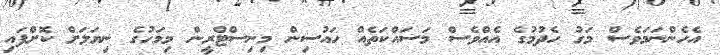
އެހެންނަމަވެސް މަގު ހެދުމުގެ އެއްވެސް މަސައްކަތެއް ހައުސިން މިނިސްޓްރީން މިމަހުގެ ނިޔަލަށް ކޮށްފައި